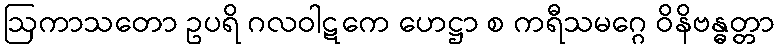
ဩကာသတော ဥပရိ ဂလဝါဋကေ ဟေဋ္ဌာ စ ကရီသမဂ္ဂေ ဝိနိဗန္ဓတ္တာ